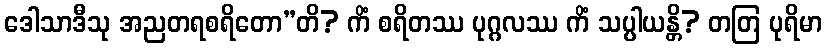
ဒေါသာဒီသု အညတရစရိတော”တိ? ကိံ စရိတဿ ပုဂ္ဂလဿ ကိံ သပ္ပါယန္တိ? တတြ ပုရိမာ